Report of the Municipal Commissioner on the plague in Bombay for the year ending 31st May... - Volume 3
Disease focus: Plague
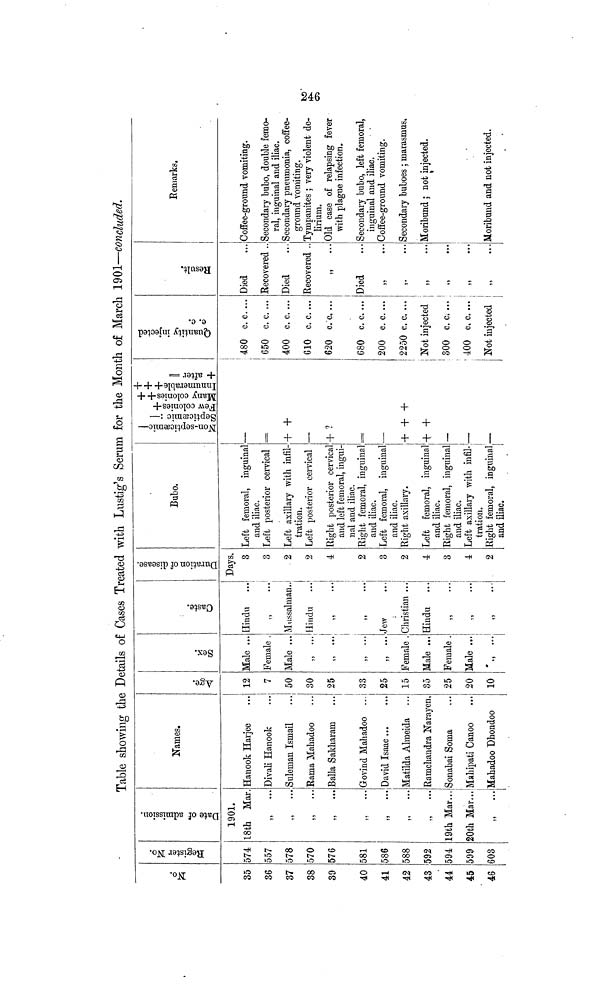
Table showing the Details of Cases Treated with Lustig's Serum for the Month of March 1901—concluded.
No.
35
36
37
38
39
40
41
42
43
44
45
46
Register No.
574
557
578
570
576
581
586
588
592
594
599
603
Date of admission.
1901.
18th Mar.
,,
...
,, ...
,, ...
,,
...
,, ...
" ...
,,
...
,, ...
19th Mar..,
20th Mar...
,, ...
Names.
Hanook Harjee
Divali Hanook
Suleman Ismail
Rama Mahadoo
Baila Sakharam
Govind Mahadoo ...
David Isaac...
Matilda Almeida
Ramchandra Narayen,
Sonabai Soma
Mahipati Canoo
Mahadoo Dhondoo
Age
12
7
50
30
25
33
25
15
35
25
20
10
Sex.
Male ...
Female .
Male ...
,, ...
,, ...
,, ...
,, ...
Female .
Male ...
Female .
Male ...
Caste.
Hindu
,, ...
Mussalman..
Hindu
,, ...
Jew
Christian ...
Hindu
,, ...
" ...
" ...
Duration of disease.
Days.
3
3
2
2
4
2
3
2
4
3
4
2
Bubo.
Left femoral, inguinal
and iliac.
Left posterior cervical
Left axillary with infil-
tration.
Left posterior cervical
Right posterior cervical
and left femoral, ingui-
nal and iliac.
Right femoral, inguinal
and iliac.
Left femoral, inguinal
and iliac.
Right axillary.
Left femoral, inguinal
and iliac.
Right femoral, inguinal
and iliac.
Left axillary with infil-
tration.
Non-septicæmic-
Septicæmic :-
Few colonies+
Many colonies++
Innumerable+++
+ after =
—
—
+ +
—
+ ?
—
+ + +
+ +
-
—
Right femoral, inguinal.—
and iliac.
1
Quantity injected
c. c.
480 c. c....
650 c. c. ...
400 c. c. ...
610 c. c....
620 c. c. ...
680 c. c. ...
200 c. c....
2250 c. c. ...
Not injected
300 c. c. ...
400 c. c....
Not injected
i
Result.
Died
Recovered ..
Died
Recovered ..
" ...
Died
" ...
,.
...
" ...
11
•••
" ...
51
•• "
Remarks.
Coffee-ground vomiting.
Secondary bubo, double femo-
ral, inguinal and iliac.
Secondary pneumonia, coffee-
ground vomiting.
Tympanites ; very violent de-
lirium.
Old case of relapsing fever
with plague infection.
Secondary bubo, left femoral,
inguinal and iliac.
Coffee-ground vomiting.
Secondary buboes ; marasmus.
Moribund ; not injected.
Moribund and not injected.
246